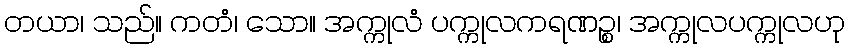
တယာ၊ သည်။ ကတံ၊ သော။ အက္ကုလံ ပက္ကုလကရဏဉ္စ၊ အက္ကုလပက္ကုလဟု